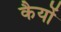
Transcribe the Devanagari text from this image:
कैयों